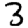
Digit: 3